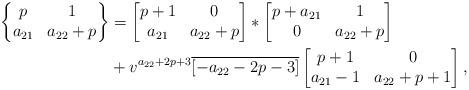
LaTeX: \begin{align*}\left \{\begin{matrix}p & 1 \\a_{21} & a_{22}+p\end{matrix}\right \}&=\begin{bmatrix} p +1 & 0 \\a_{21} & a_{22}+p\end{bmatrix}*\begin{bmatrix}p +a_{21} & 1 \\ 0 & a_{22} +p\end{bmatrix}\\& + v^{a_{22} +2p+3} \overline{[-a_{22}-2p-3]}\begin{bmatrix}p+1 & 0\\a_{21}-1 & a_{22} +p +1\end{bmatrix},\end{align*}